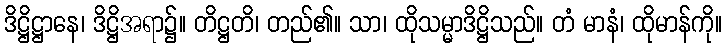
ဒိဋ္ဌိဋ္ဌာနေ၊ ဒိဋ္ဌိအရာ၌။ တိဋ္ဌတိ၊ တည်၏။ သာ၊ ထိုသမ္မာဒိဋ္ဌိသည်။ တံ မာနံ၊ ထိုမာန်ကို။